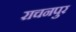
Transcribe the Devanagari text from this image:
राचनपुर